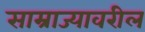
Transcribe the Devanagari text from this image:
साम्राज्यावरील